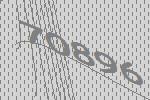
70896